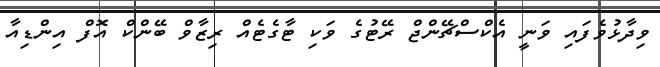
ވިދާޅުވެފައި ވަނީ އެކްސްޗޭންޖް ރޭޓުގެ ވަކި ޓާގެޓެއް ރިޒާވް ބޭންކް އޮފް އިންޑިއާ